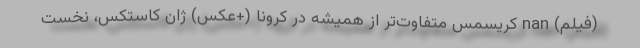
(فیلم) nan کریسمس متفاوت‌تر از همیشه در کرونا (+عکس) ژان کاستکس، نخست